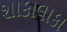
શાકાલાકા